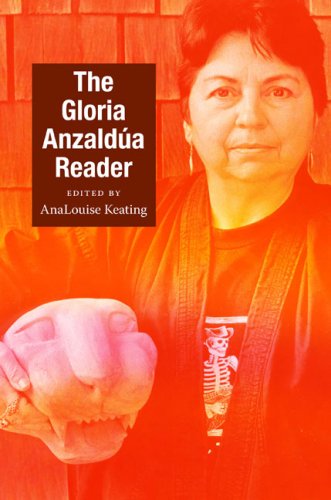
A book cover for The Gloria AnzaldÃºa Reader (Latin America Otherwise); Gloria Anzaldua; Biographies & Memoirs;